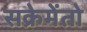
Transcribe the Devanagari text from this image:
सक्रेमेंतो